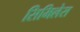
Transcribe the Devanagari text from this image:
सिमिलेस